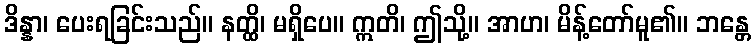
ဒိန္နာ၊ ပေးရခြင်းသည်။ နတ္ထိ၊ မရှိပေ။ ဣတိ၊ ဤသို့။ အာဟ၊ မိန့်တော်မူ၏။ ဘန္တေ